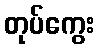
တုပ်ကွေး